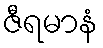
ဇီရမာနံ